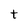
Character: t